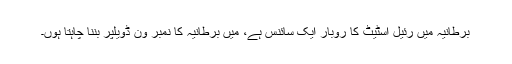
برطانیہ میں رئیل اسٹیٹ کا روبار ایک سائنس ہے، میں برطانیہ کا نمبر ون ڈویلپر بننا چاہتا ہوں۔